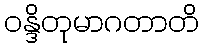
ဝန္ဒိတုမာဂတာတိ